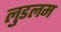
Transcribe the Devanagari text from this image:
लुडलम